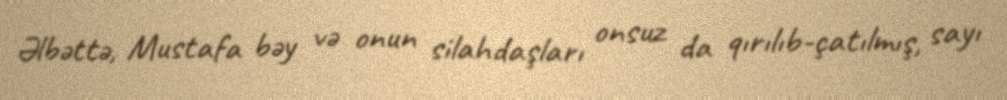
Əlbəttə, Mustafa bəy və onun silahdaşları onsuz da qırılıb-çatılmış, sayı